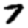
Digit: 7